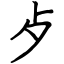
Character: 歺